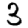
Digit: 3